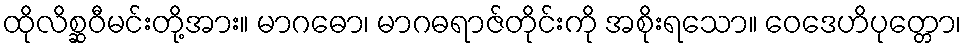
ထိုလိစ္ဆဝီမင်းတို့အား။ မာဂဓော၊ မာဂဓရာဇ်တိုင်းကို အစိုးရသော။ ဝေဒေဟိပုတ္တော၊